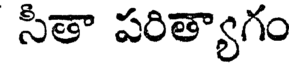
సీతా పరిత్యాగం